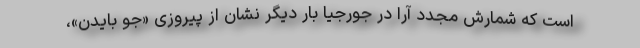
است که شمارش مجدد آرا در جورجیا بار دیگر نشان از پیروزی «جو بایدن»،